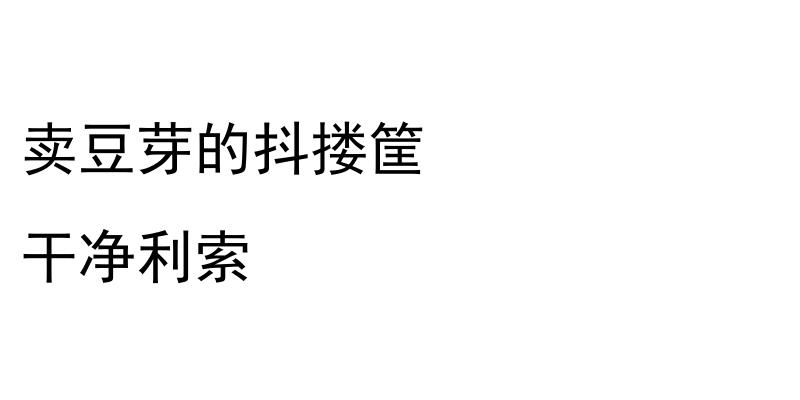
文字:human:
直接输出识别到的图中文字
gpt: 卖豆芽的抖搂筐 干净利索